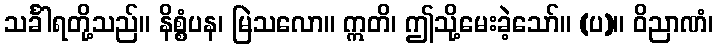
သင်္ခါရတို့သည်။ နိစ္စံပန၊ မြဲသလော။ ဣတိ၊ ဤသို့မေးခဲ့သော်။ (ပ)။ ဝိညာဏံ၊